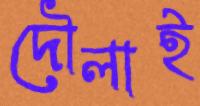
দৌলাই